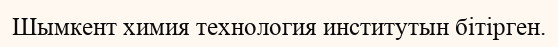
Шымкент химия технология институтын бітірген.